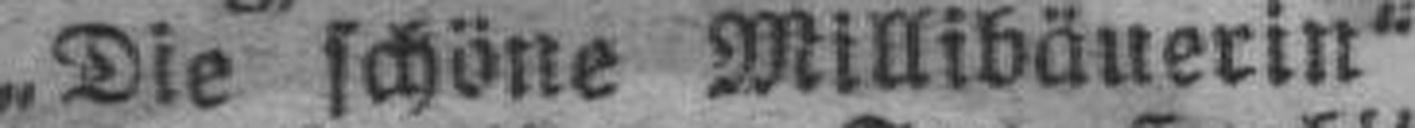
„Die schöne Millibäuerin“.